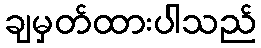
ချမှတ်ထားပါသည်